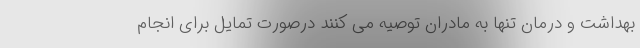
بهداشت و درمان تنها به مادران توصیه می کنند درصورت تمایل برای انجام